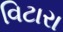
વિટારા